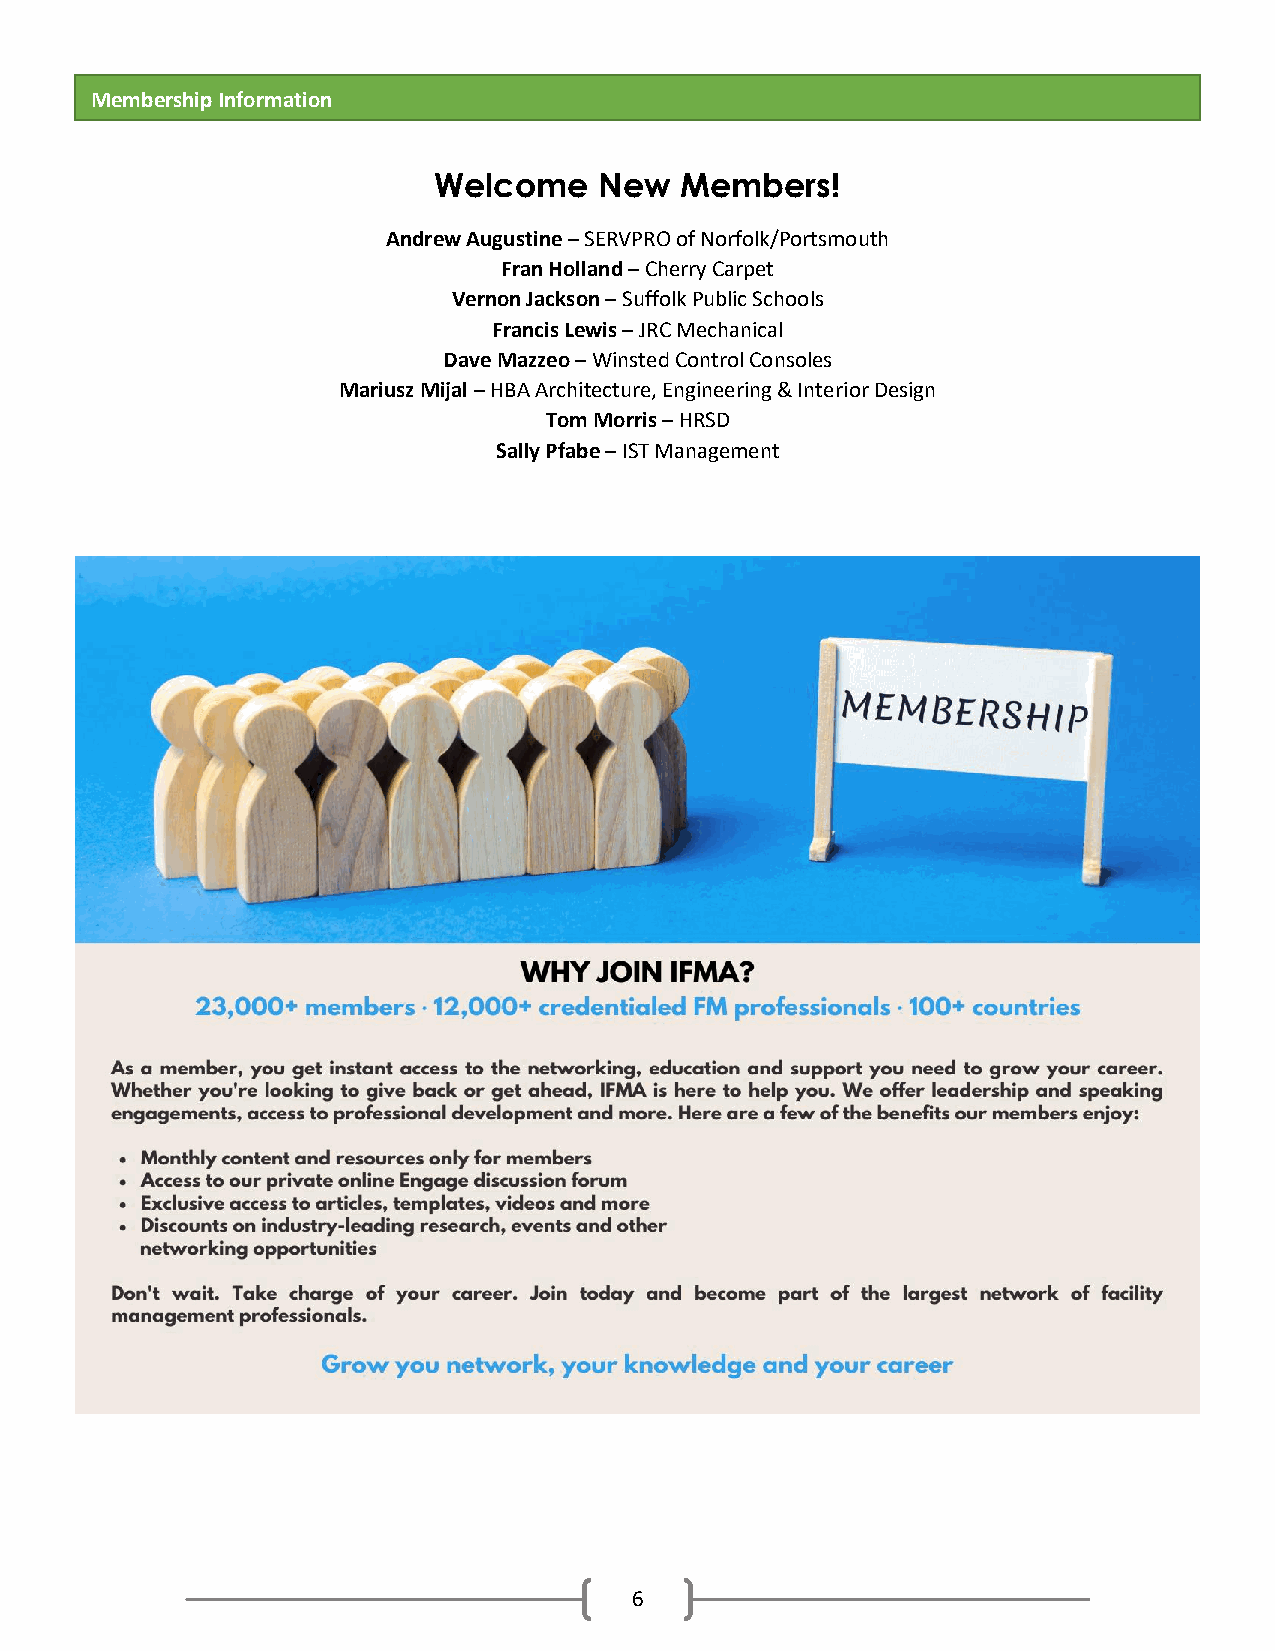
Membership Information
 Welcome    New  Members!
 Andrew Augustine – SERVPRO of Norfolk/Portsmouth
 Fran Holland – Cherry Carpet
 Vernon Jackson – Suffolk Public Schools
 Francis Lewis – JRC Mechanical
 Dave Mazzeo – Winsted Control Consoles
 Mariusz Mijal – HBA Architecture, Engineering & Interior Design
 Tom Morris – HRSD
 Sally Pfabe – IST Management
 6